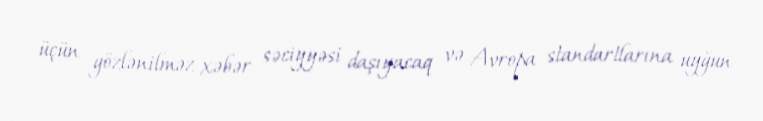
üçün gözlənilməz xəbər səciyyəsi daşıyacaq və Avropa standartlarına uyğun